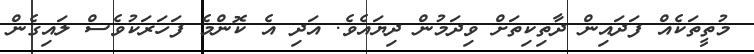
މުތީތަކެއް ފަދައިން ދާތިކިތަށް ވިދަމުން ދިޔައެވެ. އަދި އެ ކޮންމެ ފަހަރަކުވެސް ލައިގެން